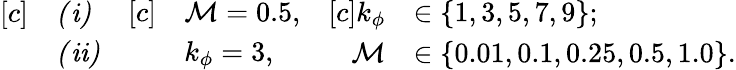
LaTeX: \begin{array}{rl}{[c]}&{\mathit{(i)}}\\ &{\mathit{(ii)}}\end{array}\quad\begin{array}{rl}{[c]}&{\mathcal{M}=0.5,}\\ &{k_{\phi}=3,}\end{array}\quad\begin{array}{rl}{[c]k_{\phi}}&{\in\{ 1,3,5,7,9\} ;}\\ {\mathcal{M}}&{\in\{ 0.01,0.1,0.25,0.5,1.0\} .}\end{array}